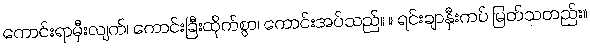
ကောင်းရာမှီးလျက်၊ ကောင်းခြီးထိုက်စွာ၊ ကောင်းအပ်သည်။ ။ ရင်းချာနှီးကပ် မြတ်သတည်း။